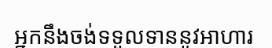
អ្នកនឹងចង់ទទួលទាននូវអាហារ